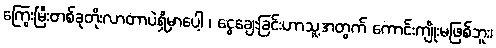
ကြွေးမြီးတစ်ခုတိုးလာတာပဲရှိမှာပေါ့ ၊ ငွေချေးခြင်းဟာသူ့အတွက် ကောင်းကျိုးမဖြစ်ဘူး၊